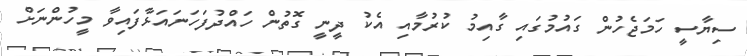
ސިޔާސީ ހަމަޖެހުން ގައުމުގައި ގާއިމު ކުރުމާއި އެކު ދީނީ ގޮތުން ހައްދުފަހަނައަޅާފައިވާ މީހުންނަށް